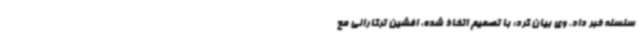
سلسله خبر داد. وی بیان کرد: با تصمیم اتخاذ شده، افشین ترکارانی مع